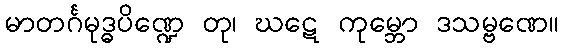
မာတင်္ဂမုဒ္ဓပိဏ္ဍေ တု၊ ဃဋေ ကုမ္ဘော ဒသမ္ဗဏေ။